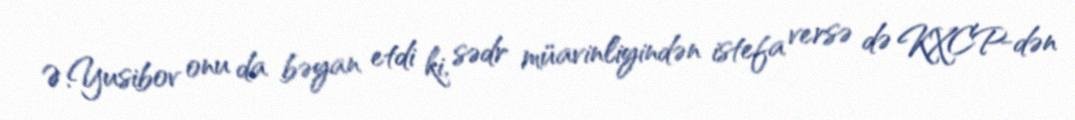
Ə.Yusibov onu da bəyan etdi ki, sədr müavinliyindən istefa versə də KXCP-dən